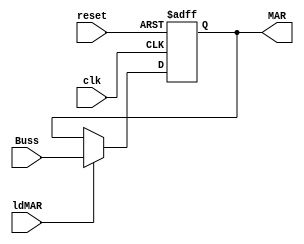
`timescale 1ns / 1ps
//////////////////////////////////////////////////////////////////////////////////
// Company: 
// Engineer: 
// 
// Design Name: 
// Module Name:    MAR 
// Project Name: 
// Target Devices: 
// Tool versions: 
// Description: 
//
// Dependencies: 
//
// Revision: 
// Revision 0.01 - File Created
// Additional Comments: 
//
//////////////////////////////////////////////////////////////////////////////////

module MAR(Buss, clk, reset, ldMAR, MAR);

input [15:0] Buss;
input clk, reset, ldMAR;
output reg [15:0] MAR;
 
  always @(posedge clk or posedge reset) 
    if (reset == 1'b1) 										   
			MAR = 0; 
	else if (ldMAR)
			MAR = Buss;								 					
endmodule